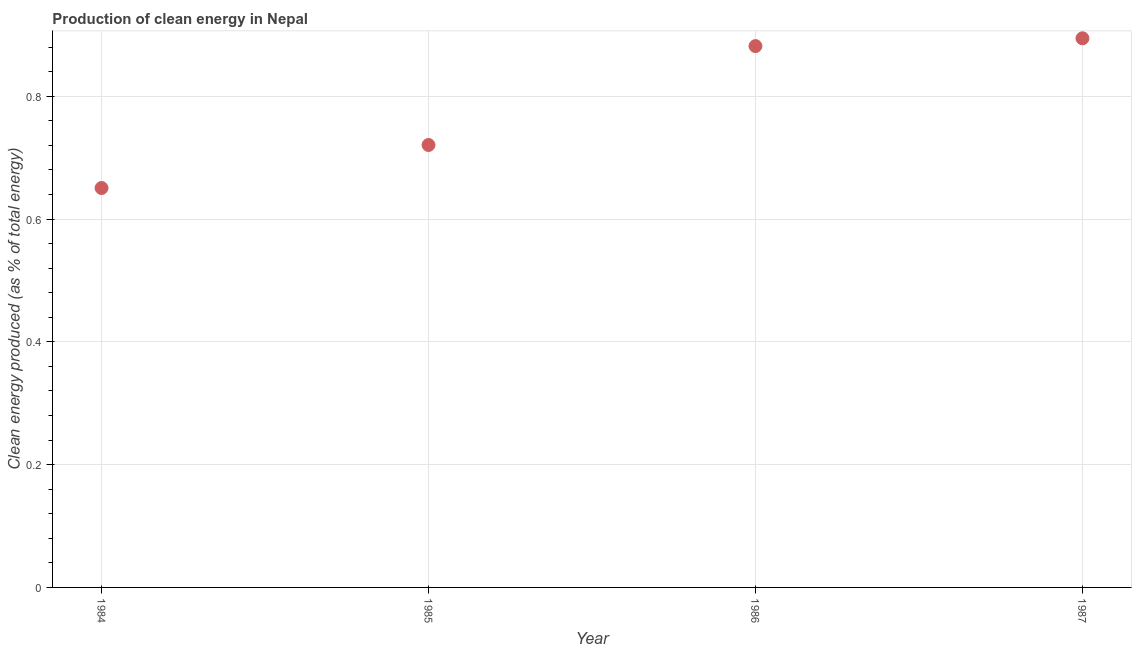
| Year | Alternative and nuclear energy |
 | --- | --- |
 | 1984 | 0.651 |
 | 1985 | 0.721 |
 | 1986 | 0.882 |
 | 1987 | 0.894 |